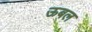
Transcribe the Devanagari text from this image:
ऊबल